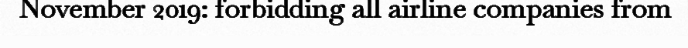
November 2019: forbidding all airline companies from